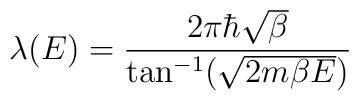
\lambda(E) = \frac{2\pi \hbar \sqrt{\beta}}{\tan^{-1}(\sqrt{2m\beta E})}